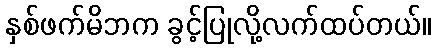
နှစ်ဖက်မိဘက ခွင့်ပြုလို့လက်ထပ်တယ်။